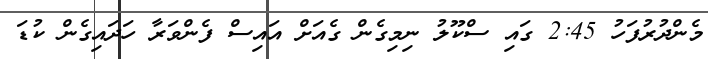
މެންދުރުފަހު 2:45 ގައި ސްކޫލު ނިމިގެން ގެއަށް އައިސް ފެންވަރާ ހަދައިގެން ކުޑަ